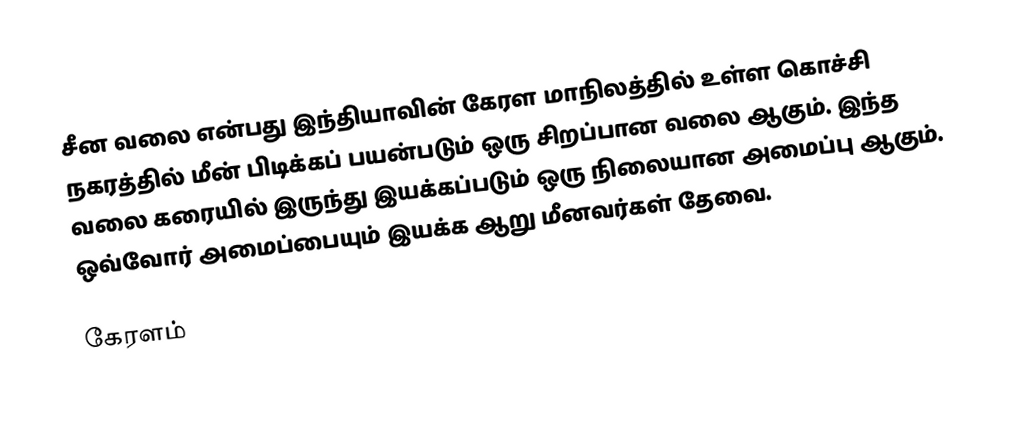
சீன வலை என்பது இந்தியாவின் கேரள மாநிலத்தில் உள்ள கொச்சி நகரத்தில் மீன் பிடிக்கப் பயன்படும் ஒரு சிறப்பான வலை ஆகும். இந்த வலை கரையில் இருந்து இயக்கப்படும் ஒரு நிலையான அமைப்பு ஆகும். ஒவ்வோர் அமைப்பையும் இயக்க ஆறு மீனவர்கள் தேவை.

கேரளம்